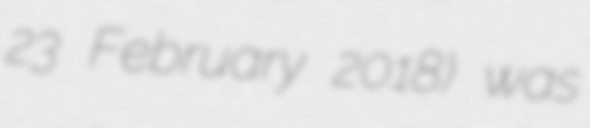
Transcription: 23 February 2018) was